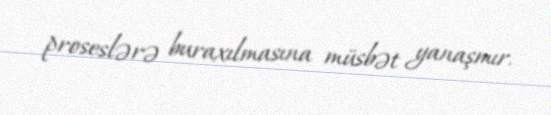
proseslərə buraxılmasına müsbət yanaşmır.